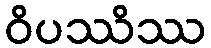
ဝိပဿိဿ